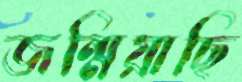
জন্মিয়াছি